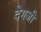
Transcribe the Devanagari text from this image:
देगजी